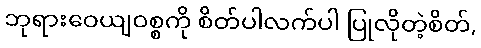
ဘုရားဝေယျဝစ္စကို စိတ်ပါလက်ပါ ပြုလိုတဲ့စိတ်,